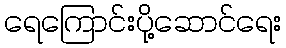
ရေကြောင်းပို့ဆောင်ရေး